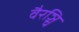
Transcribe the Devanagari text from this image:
वैरञ्चि